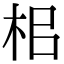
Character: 㭒